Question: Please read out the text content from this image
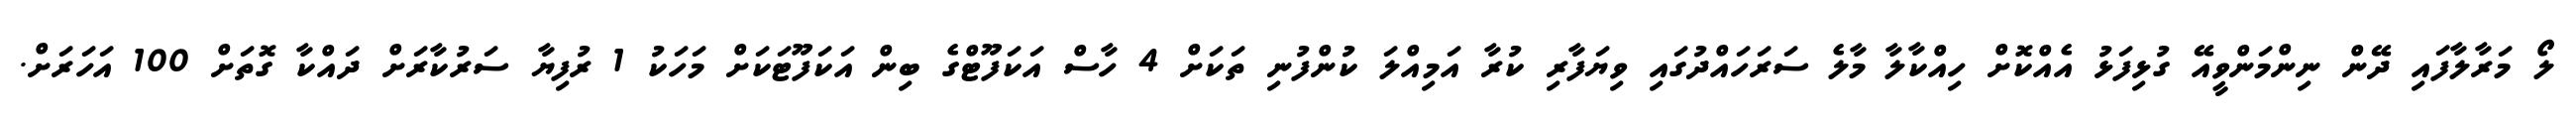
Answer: ލޯ މަރާލާފައި ދޭން ނިންމަންވީއޭ ގުޅިފަޅު އެއްކޮށް ހިއްކާލާ މާލެ ސަރަހައްދުގައި ވިޔަފާރި ކުރާ އަމިއްލަ ކުންފުނި ތަކަށް 4 ހާސް އަކަފޫޓްގެ ބިން އަކަފޫޓަކަށް މަހަކު 1 ރުފިޔާ ސަރުކާރަށް ދައްކާ ގޮތަށް 100 އަހަރަށް.